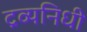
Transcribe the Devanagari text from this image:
द्रव्यनिधी